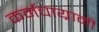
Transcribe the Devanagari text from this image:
कर्मचाय्रानी